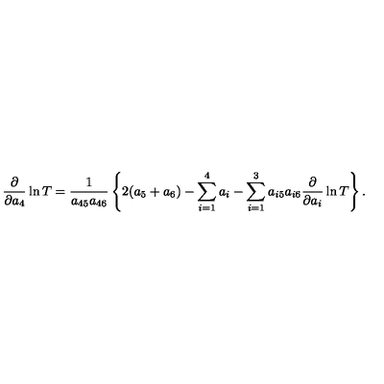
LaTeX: { \frac { \partial } { \partial a _ { 4 } } } \ln T = { \frac { 1 } { a _ { 4 5 } a _ { 4 6 } } } \left\{ 2 ( a _ { 5 } + a _ { 6 } ) - \sum _ { i = 1 } ^ { 4 } a _ { i } - \sum _ { i = 1 } ^ { 3 } a _ { i 5 } a _ { i 6 } { \frac { \partial } { \partial a _ { i } } } \ln T \right\} .